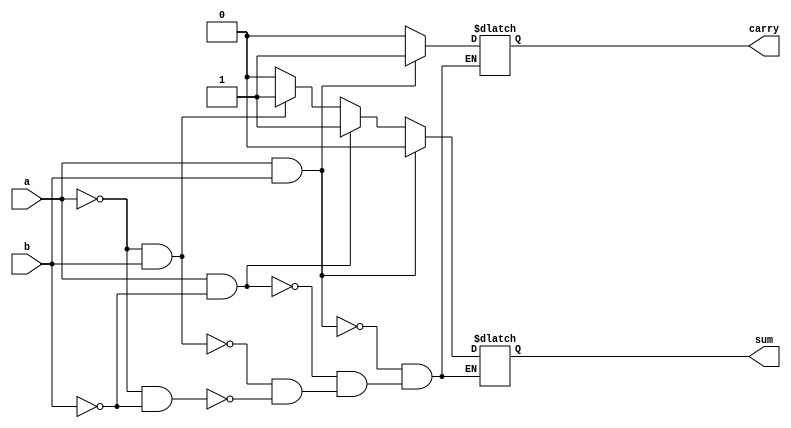
module halfadderif(a, b, sum, carry);
  input a, b;
  output sum, carry;
  reg sum, carry;
  always@(a or b)
  begin
    if (a == 0 && b == 0)
      begin
      sum=0; carry=0;
      end
    if (a == 0 && b == 1)
      begin
      sum=1; carry=0;
      end
    if (a == 1 && b == 0)
      begin
      sum=1; carry=0;
      end   
    if (a == 1 && b == 1)
      begin
      sum=0; carry=1;
      end
  end
endmodule